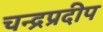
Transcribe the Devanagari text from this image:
चन्द्रप्रदीप